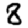
Digit: 8